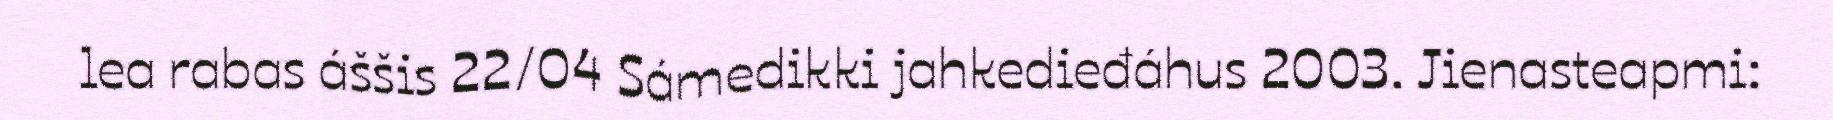
lea rabas áššis 22/04 Sámedikki jahkedieđáhus 2003. Jienasteapmi: